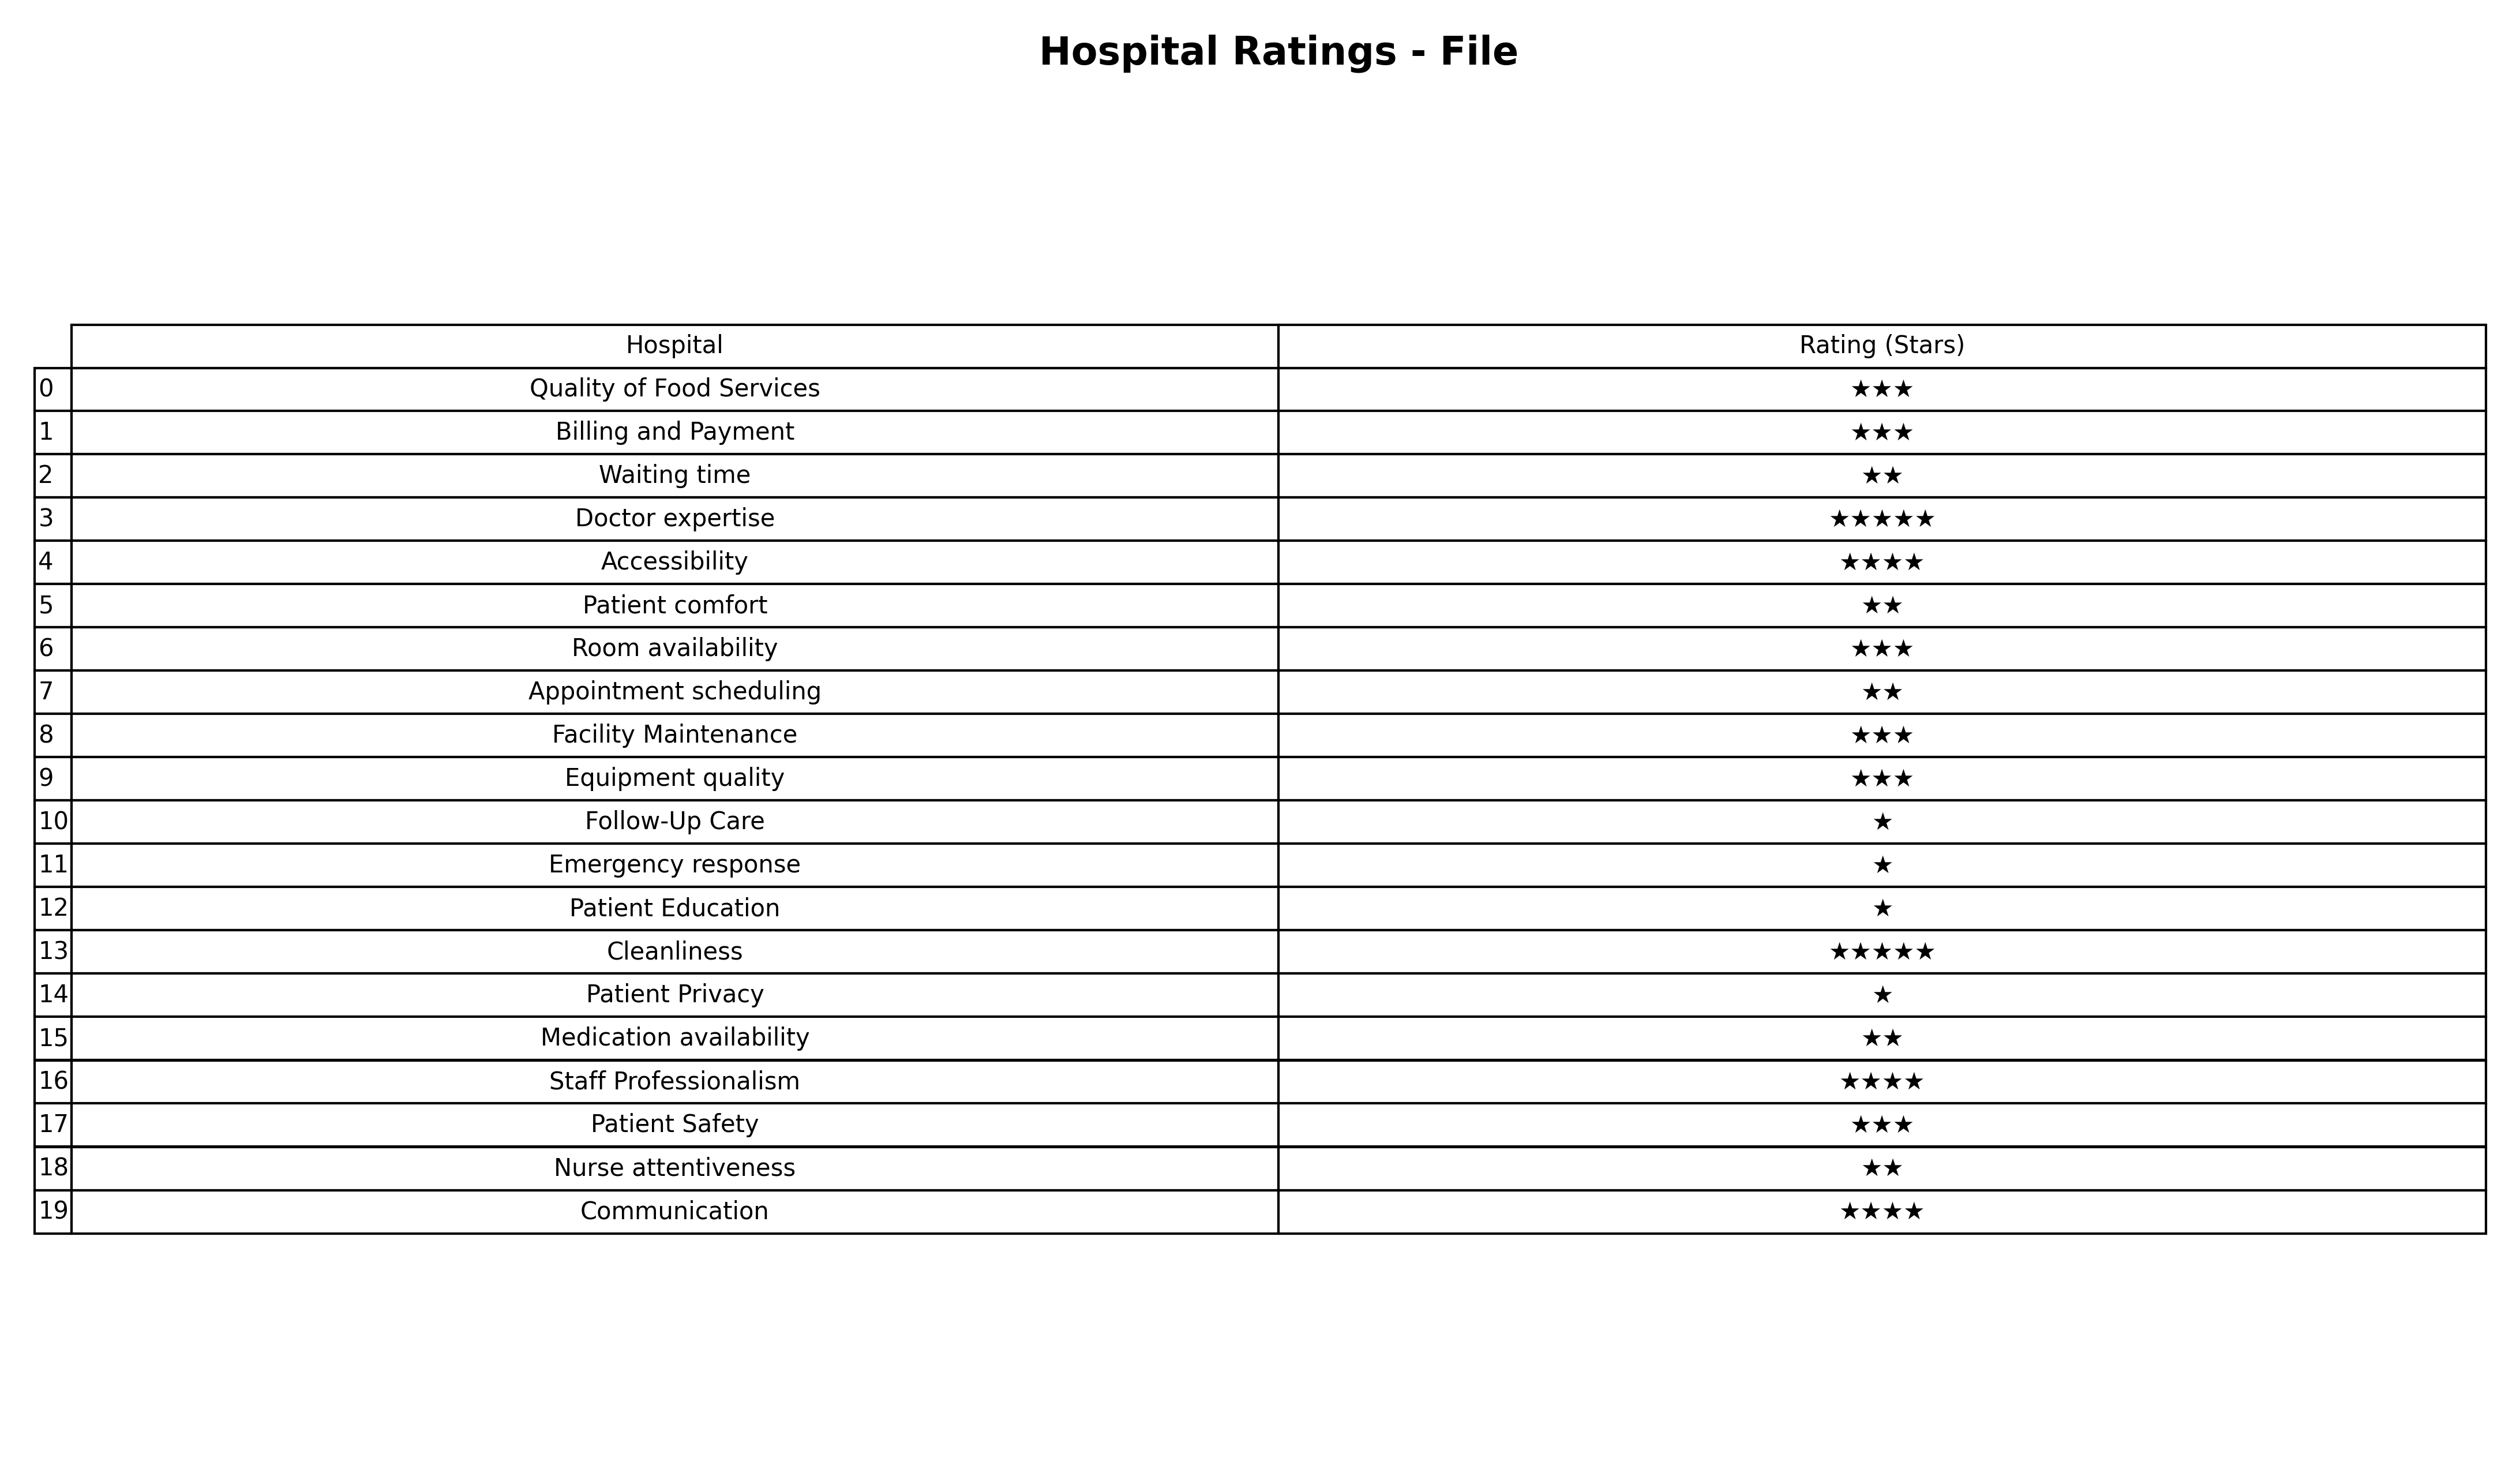
question: What is the rating of Appointment scheduling?
answer: ★★